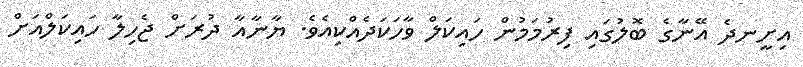
އިށީނދެ އޭނާގެ ބޮލުގައި ފިރުމަމުން ހައިކަލް ވާހަކަދެއްކިއެވެ. ޔާނާއާ ދުރަށް ޖެހިލާ ހައިކަލްއަށް